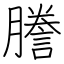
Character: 謄